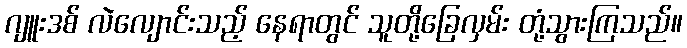
ဂျူးဒစ် လဲလျောင်းသည့် နေရာတွင် သူတို့ခြေလှမ်း တုံ့သွားကြသည်။